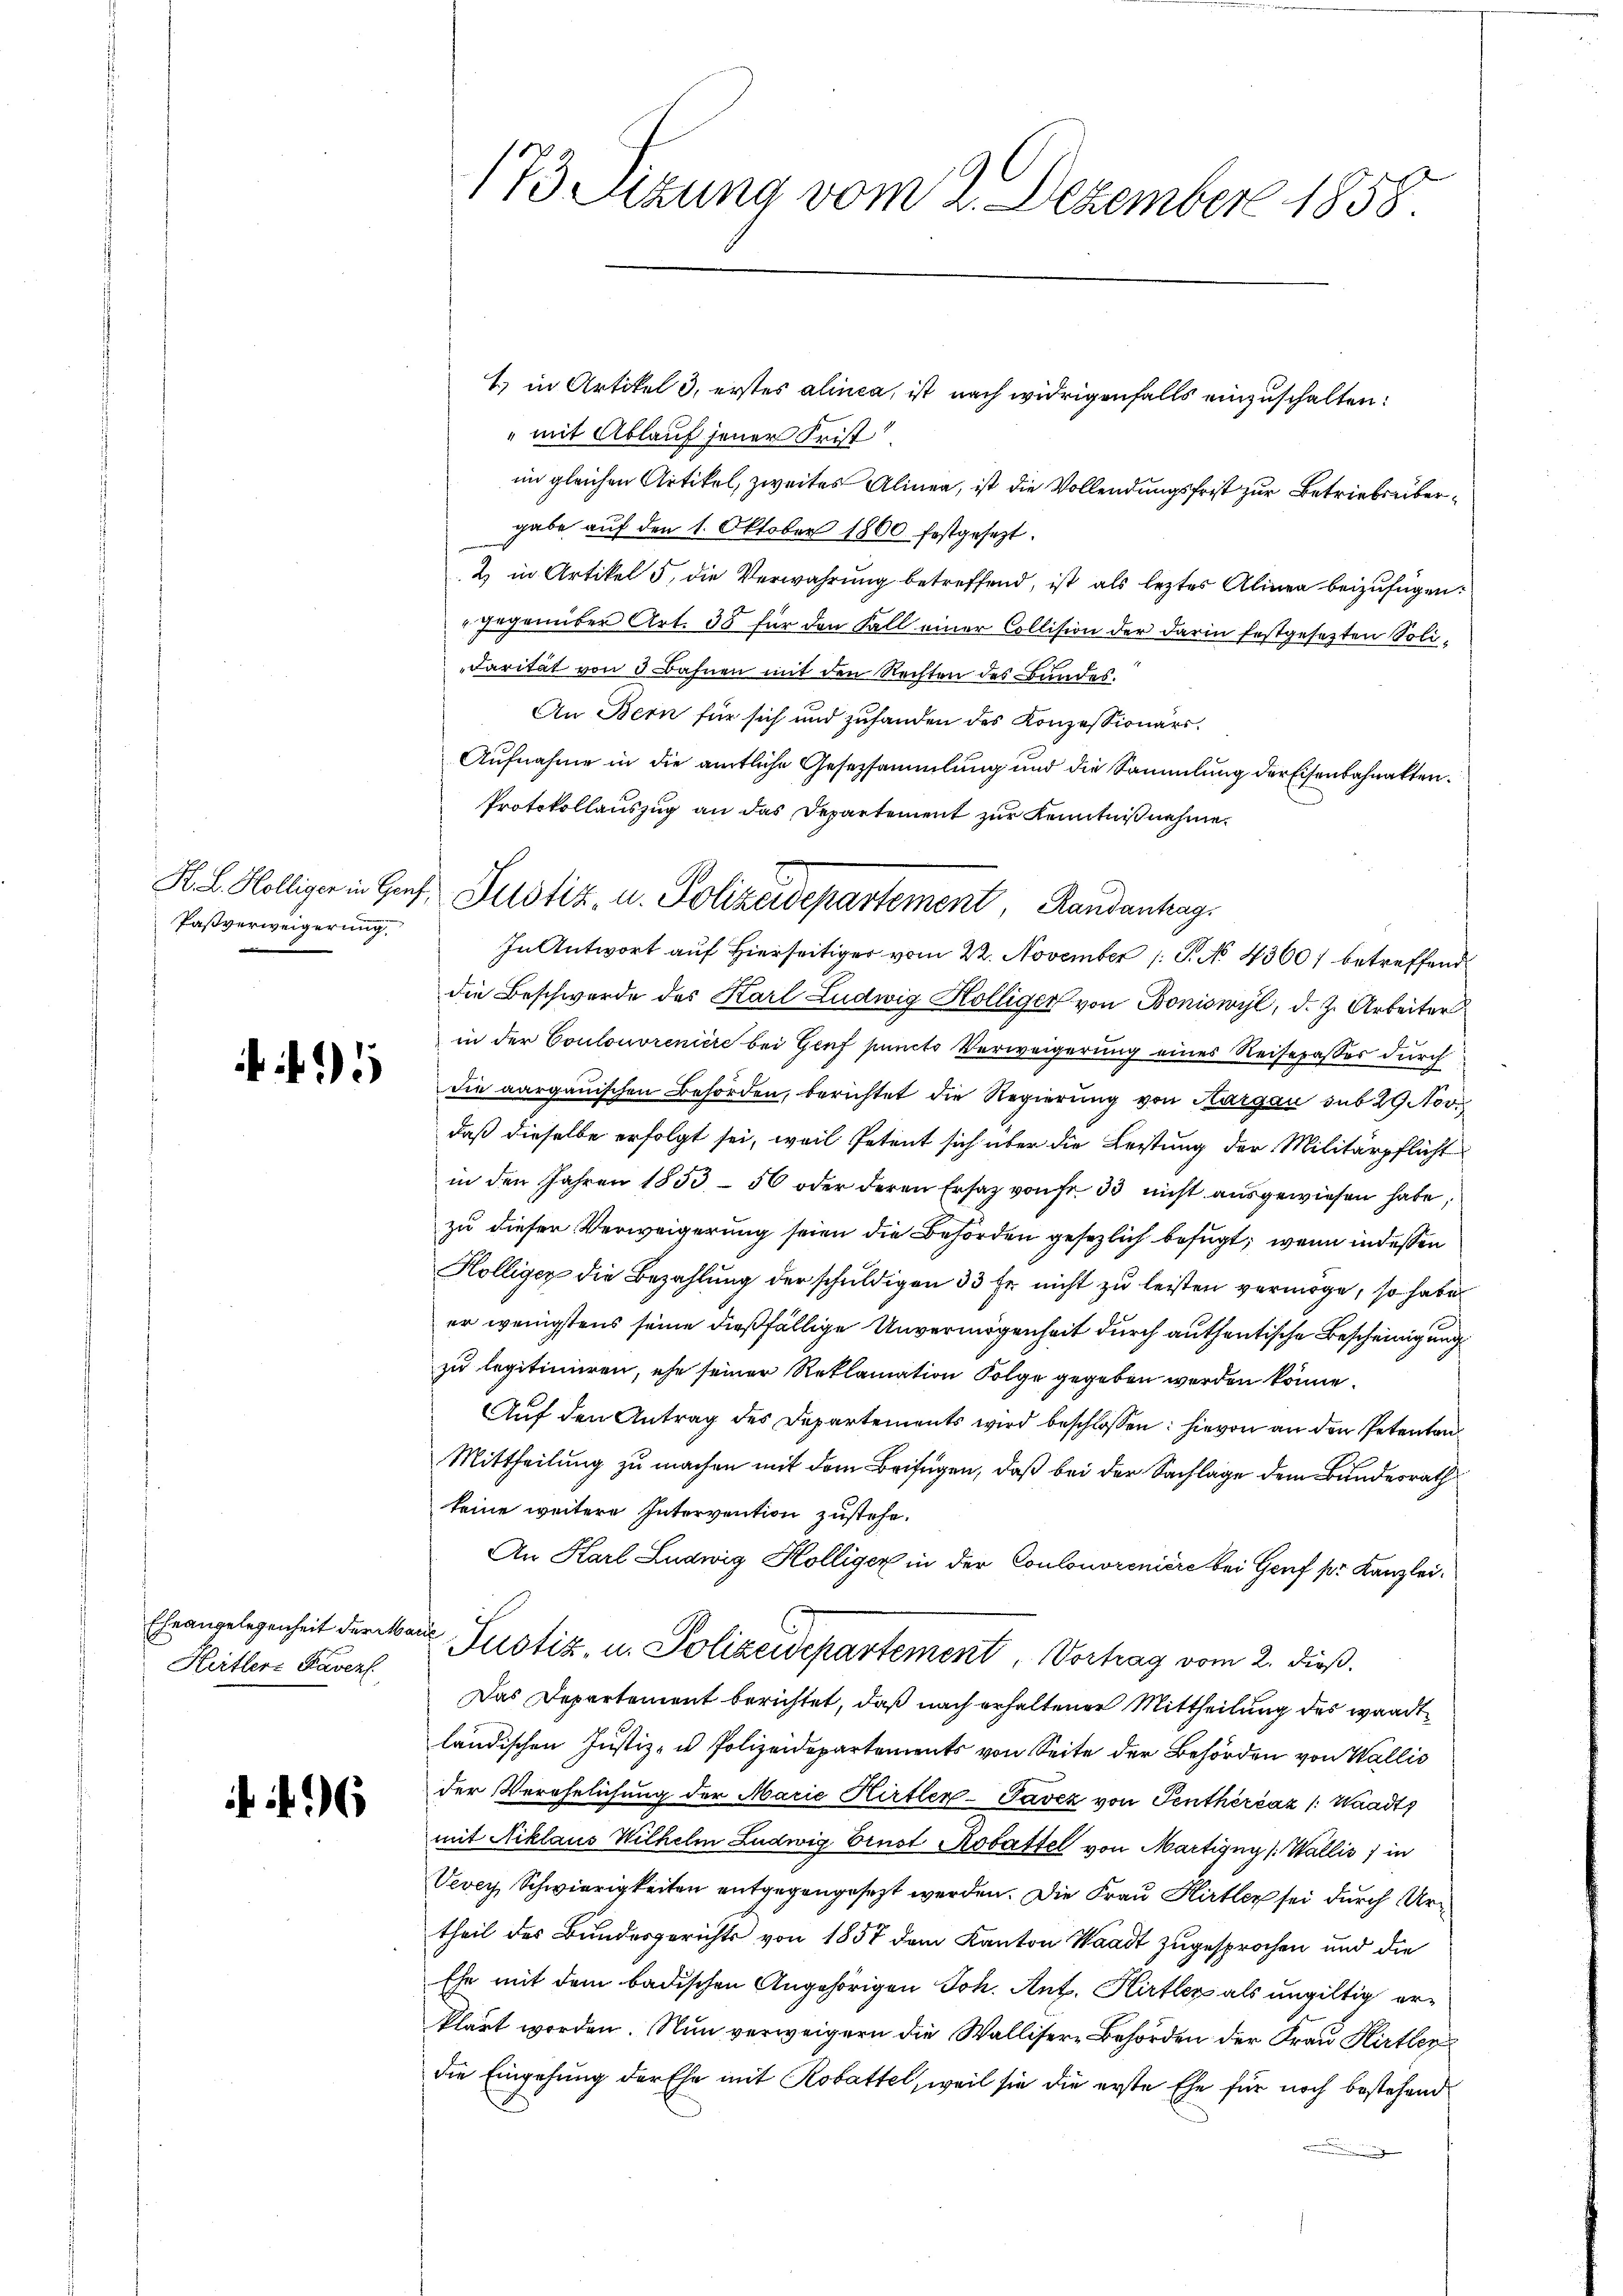
Pasverweigerung

15

Hertlere Pavent

6

173 Sizung vom 2. Dezember 1858

1) in Artikel 3, erstes alinea, ist nach widrigenfalls einzuschalten:
" mit Ablauf jener Frist
im gleichen Artikel, zweites Alinen, ist die Vollendungsfrist zur Betriebsübergabe auf den 1. Oktober 1800 festgesezt.
2 in Artikel 5, die Verwahrung betreffend, ist als leztes Alinen beizufügen:
gegenüber Art. 38 für den Fall einer Collision der darin festgesetzten Soli¬
Farität von 3 Bahnen mit den Rechten des Bundes.
An Bern für sich und zuhanden des Konzessionärs
Aufnahme in die amtliche Gesetzsammlung und die Sammlung der Eisenbahnakten.
Protokollauszug an das Departement zur Kenntniß nehme.
In Antwort auf Hierseitiger vom 22. November 1. P. No 4360) betreffend
die Beschwerde des Karl Ludwig Hölliger von Boniswyl, d. J. Arbeiter
in der Coulonoreniere bei Genf puncto Verweigerung eines Reisepasser durch
die aargauischen Behörden, berichtet die Regierung von Aargau sub 29 Nov.
daß dieselbe erfolgt sei, weil Petent sich über die Leistung der Militärpflicht
in den Jahren 1853 - 50 oder deren Ersatz von fr. 33 nicht ausgewiesen habe
zu dieser Verweigerung seien die Behörden gesezlich befugt, wenn indessen
Hölliger die Bezahlung der schuldigen 33 fr. nicht zu leisten vermöge, so habe
er wenigstens seine dießfällige Unvermögenheit durch authentische Bescheinigung
zu legitimieren, ehe seiner Reklamation Folge gegeben werden könne.
Auf den Antrag des Departements wird beschlossen: hievon an den Petenten¬
Mittheilung zu machen mit dem Beifügen, daß bei der Sachlage dem Bundesrath
keine weitere Intervention zustehe.
An Karl Ludwig Hölliger in der Coulonoreniere bei Genf pr. Kanzlei.
Eheangelegenheit der Haus Justiz, u. Polizeidepartement Vortrag vom 2. dieß.
Das Departement berichtet, daß nach erhaltener Mittheilung des waadt
ländischen Justiz- u Polizeidepartements von Seite der Behörden von Wallis
der Verehelichung der Marie Hirtler-Pavez von Senthérčáz /: Waadt
mit Niklaus Wilhelm Ludwig Einst Kobattel von Martigny (Wallis, in
Vevey Schwierigkeiten entgegengesezt werden. Die Frau Hirter sei durch Urtheil des Bundesgerichts von 1857 dem Kanton Waadt zugesprochen und die
Ehe mit dem badischen Angehörigen Joh. Ant. Hirtler als ungültig erklärt worden. Nun verweigern die Wallisere Behörden der Frau Kirtler
die Eingehung der Ehe mit Robattel, weil sie die erste Ehe für noch bestehend

H. L. Kölliger in Hans Justiz- u. Polizeidepartement, Randanhag